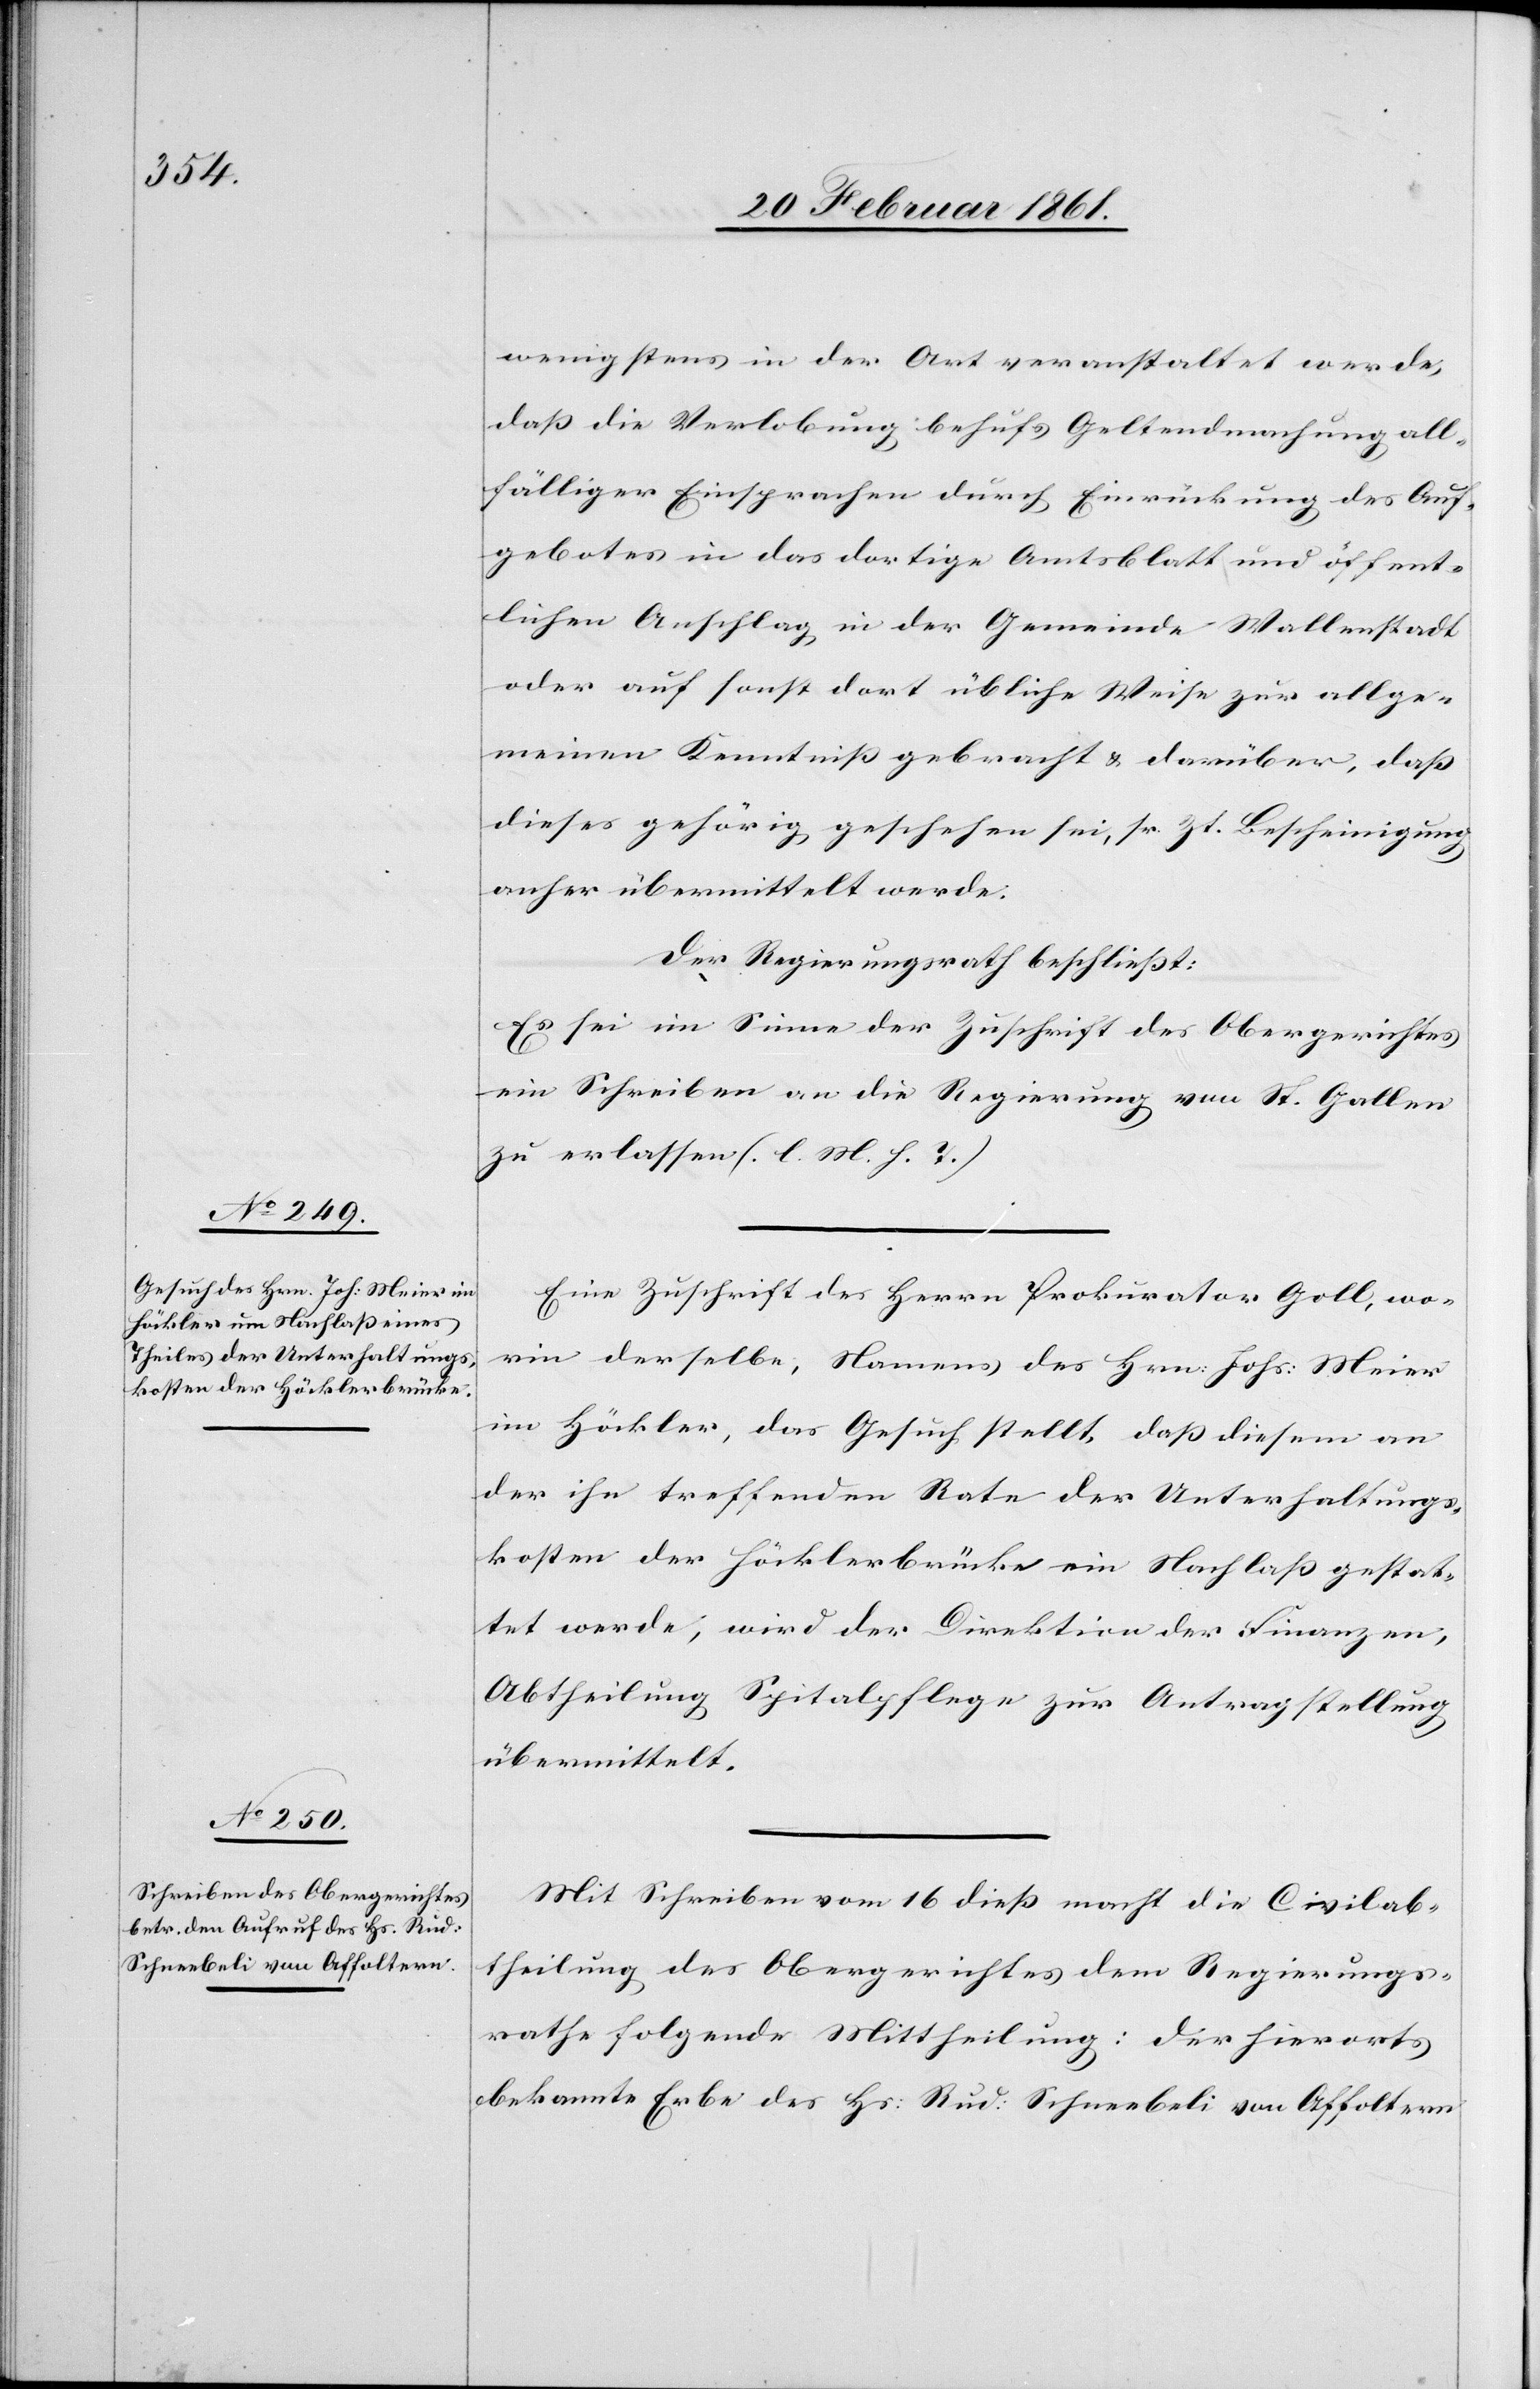
wenigstes in der Art veranstaltet werde,
dass die Verlobung behufs Geltendmachung all¬
fälliger Einsprachen durch Einrückung des Auf¬
gebotes in das dortige Amtsblatt und öffent¬
lichen Anschlag in der Gemeinde Wallenstadt
oder auf sonst dort übliche Weise zur allge¬
meinen Kenntniss gebracht u. darüber, dass
dieses gehörig geschehen sei, sr. Zt. Bescheinigung
anher übermittelt werde.
Der Regierungsrath beschliesst:
Es sei im Sinne der Zuschrift des Obergerichtes
ein Schreiben an die Regierung von St. Gallen
zu erlassen. (l. M. h. T.)
Eine Zuschrift des Herrn Prokurator Goll, wo¬
rin derselbe, Namens des Hrn. Johs. Meier
im Höckler, das Gesuch stellt, dass diesem an
der ihn treffenden Rate der Unterhaltungs¬
kosten der Höcklerbrücke ein Nachlass gestat¬
tet werde, wird der Direktion der Finanzen,
Abtheilung Spitalpflege zur Antragstellung
übermittelt.
Mit Schreiben vom 16 diess macht die Civilab¬
theilung des Obergerichtes dem Regierungs¬
rathe folgende Mittheilung: Der hierorts
Bekannte Erbe des Hs. Rud: Schneebeli von Affoltern